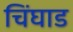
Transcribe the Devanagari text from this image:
चिंघाड